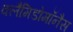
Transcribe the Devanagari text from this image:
क्लैमिडोमॉनैस